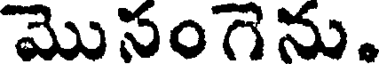
మొసంగెను.